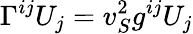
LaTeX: \Gamma^{ij}U_{j}=v_{S}^{2}g^{ij}U_{j}